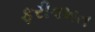
ફરીવખત